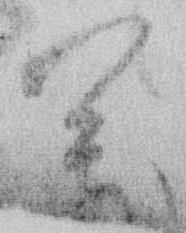
萬